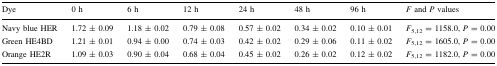
<table><thead><tr><td><b>Dye</b></td><td><b>0 h</b></td><td><b>6 h</b></td><td><b>12 h</b></td><td><b>24 h</b></td><td><b>48 h</b></td><td><b>96 h</b></td><td><b><i>F</i> and <i>P</i> values</b></td></tr></thead><tbody><tr><td>Navy blue HER</td><td>1.72 ± 0.09</td><td>1.18 ± 0.02</td><td>0.79 ± 0.08</td><td>0.57 ± 0.02</td><td>0.34 ± 0.02</td><td>0.10 ± 0.01</td><td><i>F</i><sub>5,12</sub> = 1158.0, <i>P</i> = 0.00</td></tr><tr><td>Green HE4BD</td><td>1.21 ± 0.01</td><td>0.94 ± 0.00</td><td>0.74 ± 0.03</td><td>0.42 ± 0.02</td><td>0.29 ± 0.06</td><td>0.11 ± 0.02</td><td><i>F</i><sub>5,12</sub> = 1605.0, <i>P</i> = 0.00</td></tr><tr><td>Orange HE2R</td><td>1.09 ± 0.03</td><td>0.90 ± 0.04</td><td>0.68 ± 0.04</td><td>0.45 ± 0.02</td><td>0.26 ± 0.02</td><td>0.12 ± 0.02</td><td><i>F</i><sub>5,12</sub> = 1182.0, <i>P</i> = 0.00</td></tr></tbody></table>